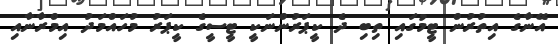
އޭނާގެ އިތުރުން ޓީމުގައި ތިބި ދެ ކީޕަރުންނަކީ ޓީސީގެ ކީޕަރު މުހައްމަދު އިމްރާނާއި